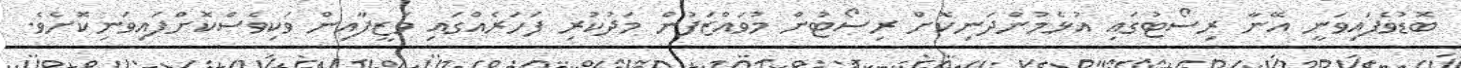
ބޮޑުވެފައިވަނީ އޭނާ ރިސޯޓުގައި އުޅެމުންދަނިކޮށް ރިސޯޓުން މުވައްޒަފުން މަދުކުރި ފަހަރެއްގައި ވަޒީފާއިން ވަކިވެސްކޮށްފައިވަނިކޮށެވެ.